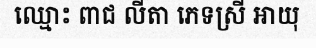
ឈ្មោះ ពាជ លីតា ភេទស្រី អាយុ